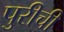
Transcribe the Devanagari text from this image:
पुरीची